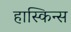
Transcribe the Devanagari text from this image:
हास्किन्स